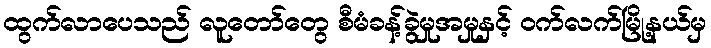
ထွက်လာပေသည် လူတော်တွေ စီမံခန့်ခွဲမှုအမှုနှင့် ဝက်လက်မြို့နယ်မှ